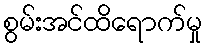
စွမ်းအင်ထိရောက်မှု